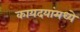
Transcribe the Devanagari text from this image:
कायदयांमध्ये